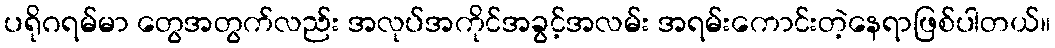
ပရိုဂရမ်မာ တွေအတွက်လည်း အလုပ်အကိုင်အခွင့်အလမ်း အရမ်းကောင်းတဲ့နေရာဖြစ်ပါတယ်။